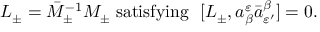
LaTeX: L _ { \pm } = \bar { M } _ { \pm } ^ { - 1 } M _ { \pm } \ \mathrm { s a t i s f y i n g } \ \ [ L _ { \pm } , a _ { \beta } ^ { \varepsilon } \bar { a } _ { \varepsilon ^ { \prime } } ^ { \beta } ] = 0 .